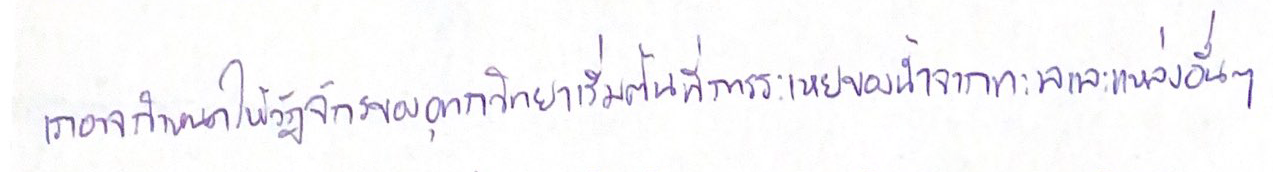
เราอาจกำหนดให้วัฎจักรของอุทกวิทยาเริ่มต้นที่การระเหยของน้ำจากทะเลและแหล่งอื่นๆ